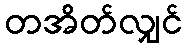
တအိတ်လျှင်